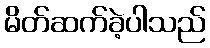
မိတ်ဆက်ခဲ့ပါသည်